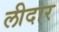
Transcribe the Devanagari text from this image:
लीदार